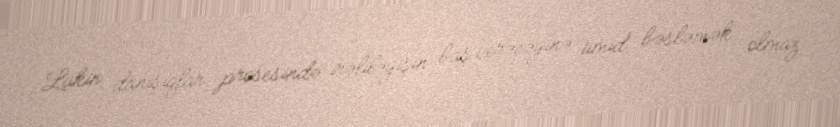
Lakin danışıqlar prosesində irəliləyişin baş verəcəyinə ümid bəsləmək olmaz: